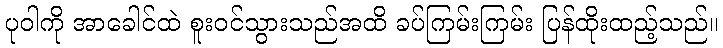
ပုဝါကို အာခေါင်ထဲ စူးဝင်သွားသည်အထိ ခပ်ကြမ်းကြမ်း ပြန်ထိုးထည့်သည်။